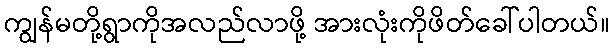
ကျွန်မတို့ရွာကိုအလည်လာဖို့ အားလုံးကိုဖိတ်ခေါ်ပါတယ်။